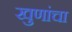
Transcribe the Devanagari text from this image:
खुणांचा